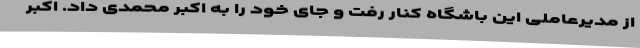
از مدیرعاملی این باشگاه کنار رفت و جای خود را به اکبر محمدی داد. اکبر